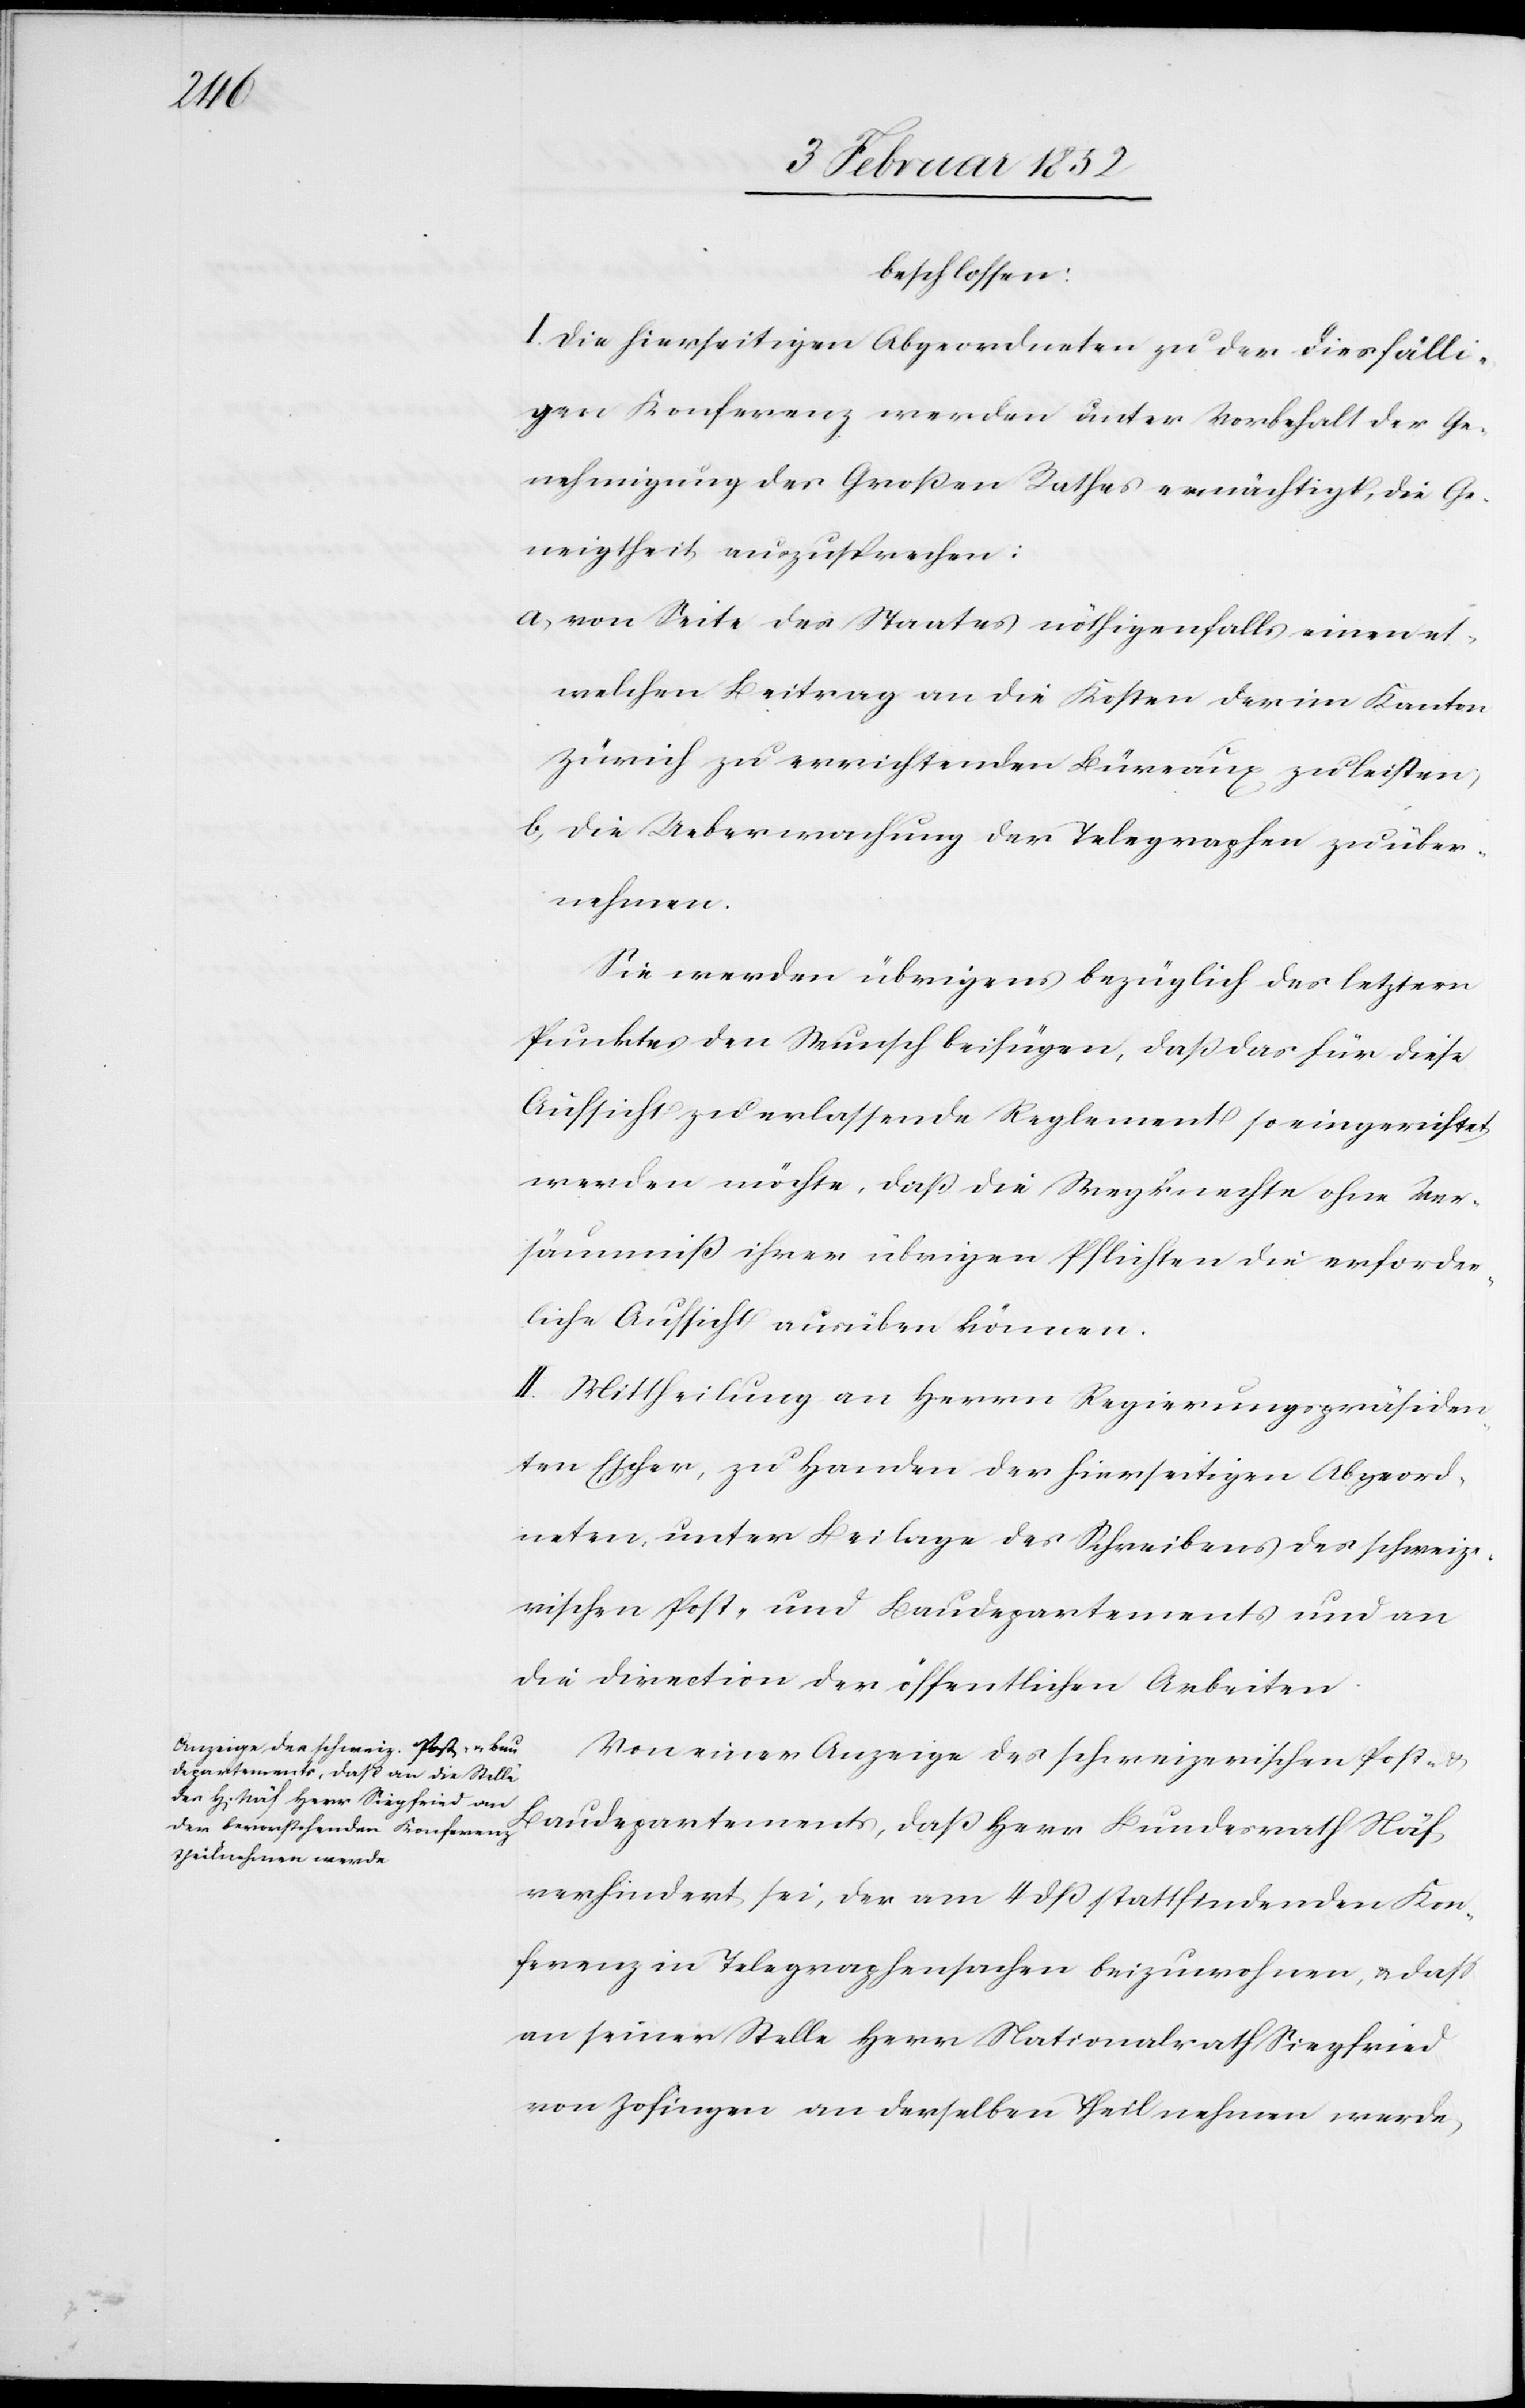
beschlossen:
I. Die hierseitigen Abgeordneten zu der diesfälli¬
gen Konferenz werden unter Vorbehalt der Ge¬
nehmigung des Großen Rathes ermächtigt, die Ge¬
neigtheit auszusprechen:
a) von Seite des Staates nöthigenfalls einen et¬
welchen Beitrag an die Kosten der im Kanton
Zürich zu errichtenden Büreaux zu leisten,
b) die Uebermachung der Telegraphen zu über¬
nehmen.
Sie werden übrigens bezüglich des letztern
Punktes den Wunsch beifügen, daß das für diese
Aufsicht zu erlassende Reglement so eingerichtet
werden möchte, daß die Wegknechte ohne Ver¬
säumniß ihrer übrigen Pflichten die erforder¬
liche Aufsicht ausüben können.
II. Mittheilung an Herrn Regierungspräsiden¬
ten Escher, zu Handen der hierseitigen Abgeord¬
neten unter Beilage des Schreibens des schweize¬
rischen Post- und Baudepartements und an
die Direction der öffentlichen Arbeiten.
Von einer Anzeige des schweizerischen Post- u.
Baudepartements, daß Herr Bundesrath Näf
verhindert sei, der am 4 dß stattfindenden Kon¬
ferenz in Telegraphensachen beizuwohnen, u. daß
an seiner Stelle Herr Nationalrath Siegfried
von Zofingen an derselben Theil nehmen werde,